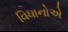
વિધાનોએ